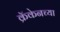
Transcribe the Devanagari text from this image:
क्रॅकेनच्या